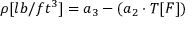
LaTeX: \rho [ l b / f t ^ { 3 } ] = a _ { 3 } - ( a _ { 2 } \cdot T [ F ] )